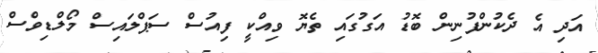
އަދި އެ ދެކުންފުނިން ބޮޑު އަގުގައި ތެޔޮ ވިއްކީ ފިއުސް ސަޕްލައިސް މޯލްޑިވްސް